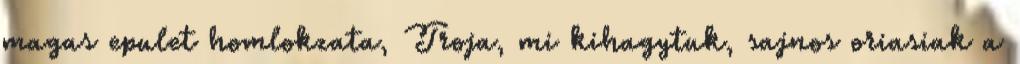
magas epulet homlokzata, Troja, mi kihagytuk, sajnos oriasiak a